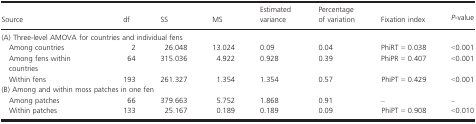
<table><thead><tr><td><b>Source</b></td><td><b>df</b></td><td><b>SS</b></td><td><b>MS</b></td><td><b>Estimated variance</b></td><td><b>Percentage of variation</b></td><td><b>Fixation index</b></td><td><b><i>P</i>-value</b></td></tr></thead><tbody><tr><td colspan="8">(A) Three-level AMOVA for countries and individual fens</td></tr><tr><td> Among countries</td><td>2</td><td>26.048</td><td>13.024</td><td>0.09</td><td>0.04</td><td>PhiRT = 0.038</td><td>&lt;0.001</td></tr><tr><td> Among fens within countries</td><td>64</td><td>315.036</td><td>4.922</td><td>0.928</td><td>0.39</td><td>PhiPR = 0.407</td><td>&lt;0.001</td></tr><tr><td> Within fens</td><td>193</td><td>261.327</td><td>1.354</td><td>1.354</td><td>0.57</td><td>PhiPT = 0.429</td><td>&lt;0.001</td></tr><tr><td colspan="8">(B) Among and within moss patches in one fen</td></tr><tr><td> Among patches</td><td>66</td><td>379.663</td><td>5.752</td><td>1.868</td><td>0.91</td><td>–</td><td>–</td></tr><tr><td> Within patches</td><td>133</td><td>25.167</td><td>0.189</td><td>0.189</td><td>0.09</td><td>PhiPT = 0.908</td><td>&lt;0.010</td></tr></tbody></table>